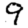
Digit: 9